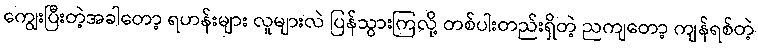
ကျွေးပြီးတဲ့အခါတော့ ရဟန်းများ လူများလဲ ပြန်သွားကြလို့ တစ်ပါးတည်းရှိတဲ့ ညကျတော့ ကျန်ရစ်တဲ့